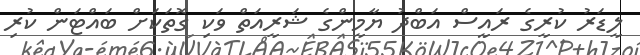
ލީޑަރު ކުރީގެ ރައީސް އަބްދު ޔާމީންގެ ޝަރީއަތް ވަކި ގޮތަކަށް ބައްޓަން ކުރި